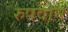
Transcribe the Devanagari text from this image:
रुपवान